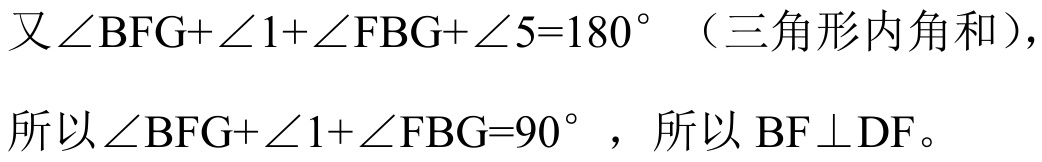
又\(\angle BFG+\angle 1+\angle FBG+\angle 5 = 180^{\circ}\)（三角形内角和），
所以\(\angle BFG+\angle 1+\angle FBG = 90^{\circ}\)，所以\(BF\perp DF\)。